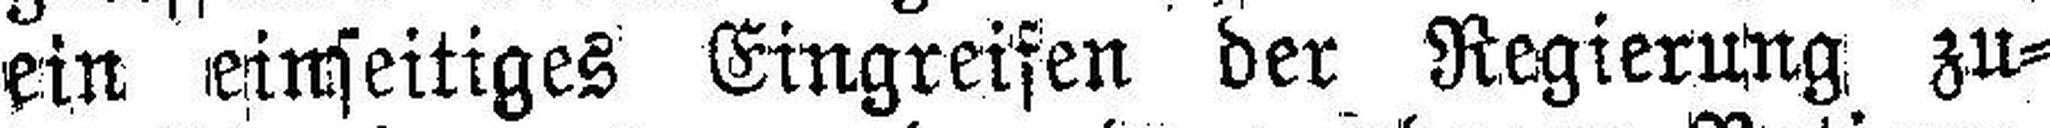
ein einseitiges Eingreifen der Regierung zu¬